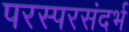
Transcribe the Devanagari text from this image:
परस्परसंदर्भ